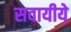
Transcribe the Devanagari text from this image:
सवायीये